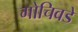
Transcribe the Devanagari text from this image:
गोचिवडे